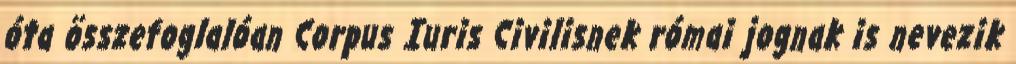
óta összefoglalóan Corpus Iuris Civilisnek római jognak is nevezik